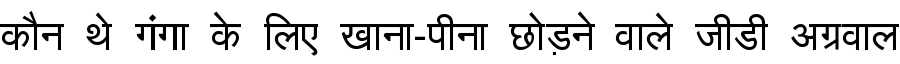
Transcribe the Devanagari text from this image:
कौन थे गंगा के लिए खाना-पीना छोड़ने वाले जीडी अग्रवाल